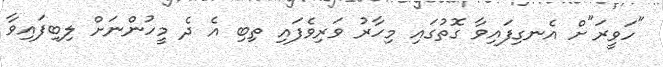
"ހަވީރަ"ށް އެނގިފައިވާ ގޮތުގައި މިހާރު ވަރިވެފައި ތިބި އެ ދެ މީހުންނަށް ލިބިފައިވާ